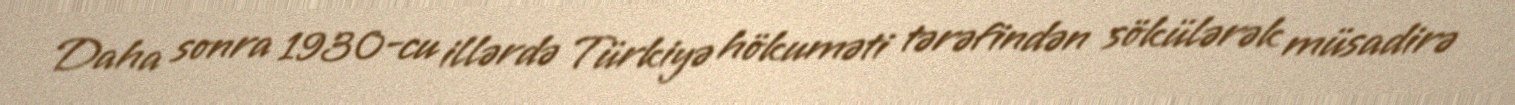
Daha sonra 1930-cu illərdə Türkiyə hökuməti tərəfindən sökülərək müsadirə